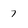
Character: 7